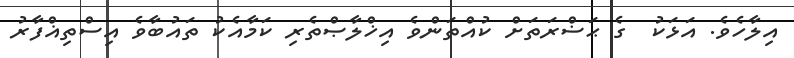
އިލާހެވެ. އަޅަކު  ގެ ޙަޟްރަތަށް ކުއްތަންވެ އިޚްލާޞްތެރި ކަމާއެކު ތައުބާވެ އިސްތިޣްފާރު